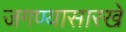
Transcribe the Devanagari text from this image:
जगण्यासारखे